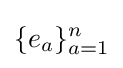
\{e_{a}\}_{a=1}^{n}